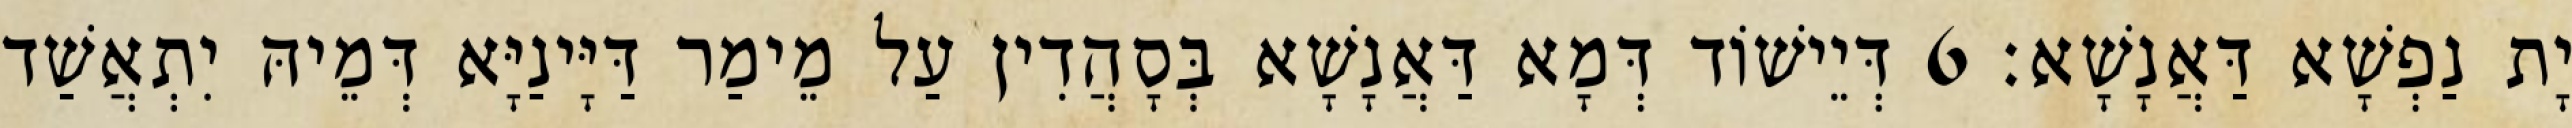
יָת נַפְשָׁא דַּאֲנָשָׁא׃ 6 דְּיֵישׁוֹד דְּמָא דַּאֲנָשָׁא בְּסָהֲדִין עַל מֵימַר דַּיָּינַיָּא דְּמֵיהּ יִתְאֲשַׁד